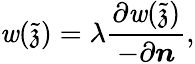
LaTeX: \mathit{w}(\tilde{{\mathfrak{{z}}}})=\lambda\frac{{\partial\mathit{w}(\tilde{{\mathfrak{{z}}}})}}{{-\partial\boldsymbol{n}}},